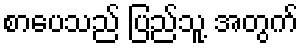
စာပေသည် ပြည်သူ့ အတွက်